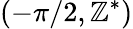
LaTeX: (-\pi/2,\mathbb{Z}^{*})